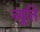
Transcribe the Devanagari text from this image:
च्यूति